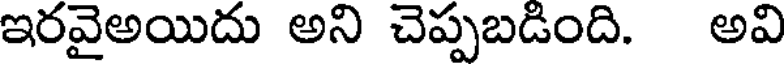
ఇరవైఅయిదు అని చెప్పబడింది. అవి